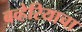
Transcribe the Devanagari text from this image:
बव्हेरियाचा